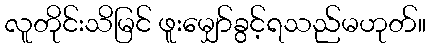
လူတိုင်းသိမြင် ဖူးမျှော်ခွင့်ရသည်မဟုတ်။